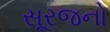
સૂરજનો